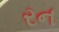
રન